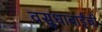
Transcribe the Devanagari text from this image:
वसुधाबाईंची